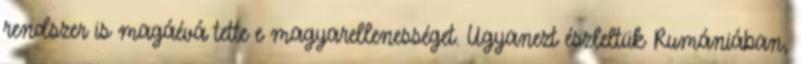
rendszer is magáévá tette e magyarellenességet. Ugyanezt észleltük Rumániában,